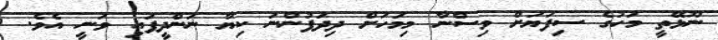
ނޫޅޭތީ މަހުގެ ސިފަޔަށް ވިސްނާ މިމަހަށް ދިދަފުންނަ ކިޔާ ނަންދީފައި ވަނީ އެވެ.